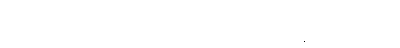
မြေကွက်ကိုလက်ရောက်ရထားပေမဲ့ ခြံခတ်ထားတာ၊နေထိုင်တာမရှိဘူး။